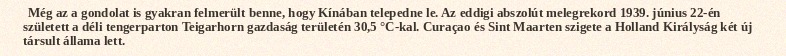
Még az a gondolat is gyakran felmerült benne, hogy Kínában telepedne le. Az eddigi abszolút melegrekord 1939. június 22-én született a déli tengerparton Teigarhorn gazdaság területén 30,5 °C-kal. Curaçao és Sint Maarten szigete a Holland Királyság két új társult állama lett.